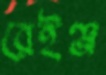
রেইঞ্জ